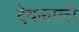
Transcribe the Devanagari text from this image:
देवलाली